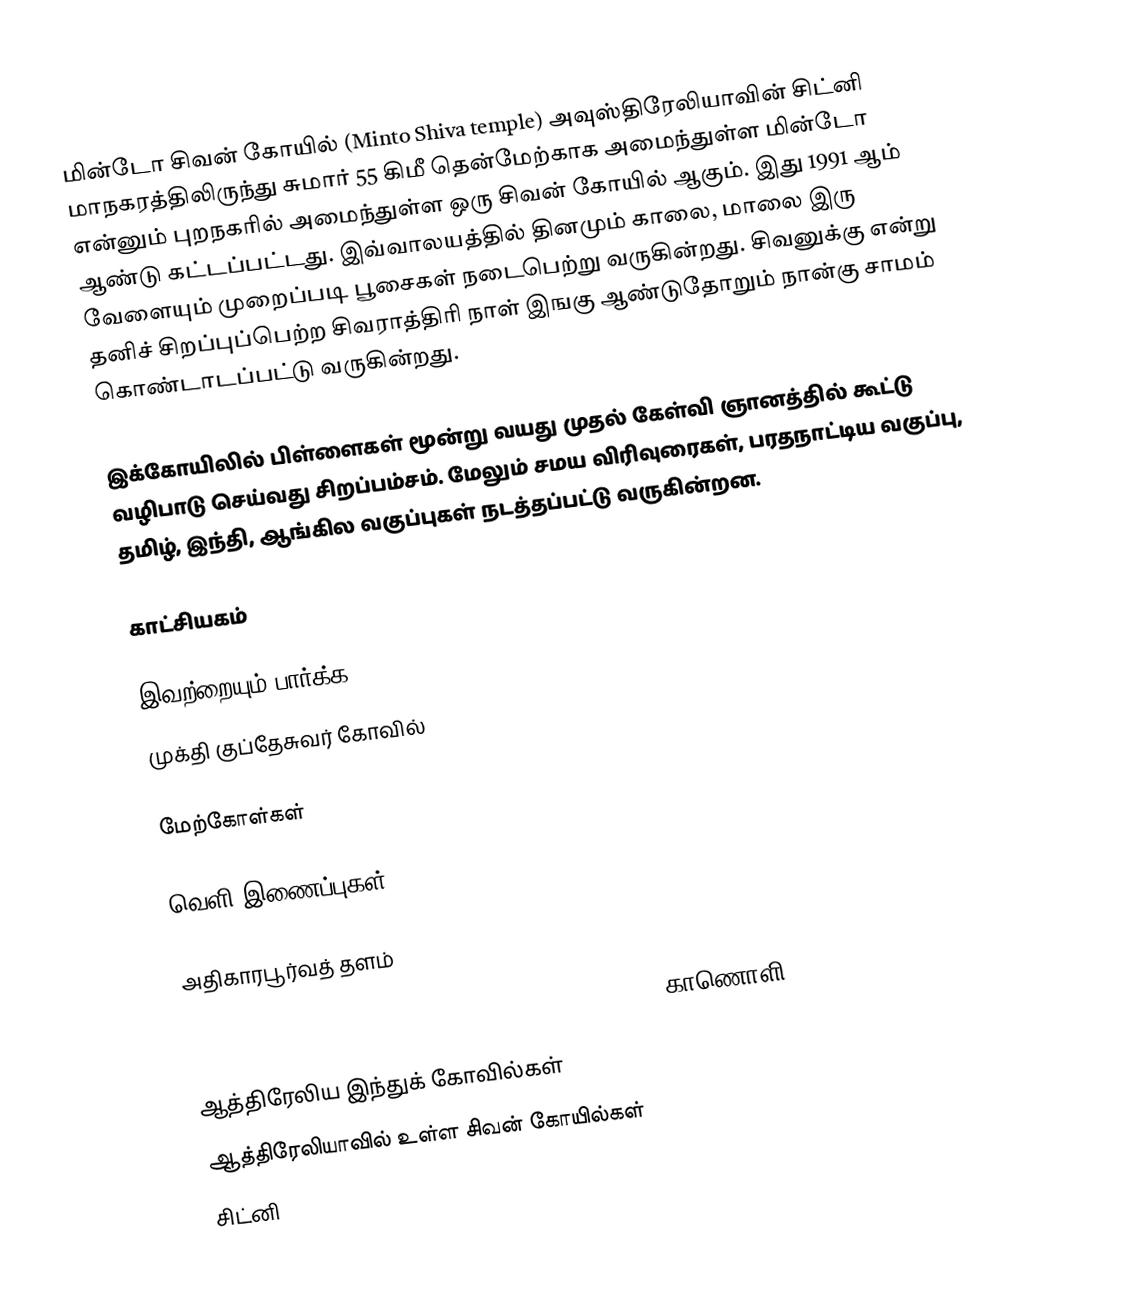
மின்டோ சிவன் கோயில் (Minto Shiva temple) அவுஸ்திரேலியாவின் சிட்னி மாநகரத்திலிருந்து சுமார் 55 கிமீ தென்மேற்காக அமைந்துள்ள மின்டோ என்னும் புறநகரில் அமைந்துள்ள ஒரு சிவன் கோயில் ஆகும். இது 1991 ஆம் ஆண்டு கட்டப்பட்டது. இவ்வாலயத்தில் தினமும் காலை, மாலை இரு வேளையும் முறைப்படி பூசைகள் நடைபெற்று வருகின்றது. சிவனுக்கு என்று தனிச் சிறப்புப்பெற்ற சிவராத்திரி நாள் இஙகு ஆண்டுதோறும் நான்கு சாமம் கொண்டாடப்பட்டு வருகின்றது.

இக்கோயிலில் பிள்ளைகள் மூன்று வயது முதல் கேள்வி ஞானத்தில் கூட்டு வழிபாடு செய்வது சிறப்பம்சம். மேலும் சமய விரிவுரைகள், பரதநாட்டிய வகுப்பு, தமிழ், இந்தி, ஆங்கில வகுப்புகள் நடத்தப்பட்டு வருகின்றன.

காட்சியகம்

இவற்றையும் பார்க்க
முக்தி குப்தேசுவர் கோவில்

மேற்கோள்கள்

வெளி இணைப்புகள்

அதிகாரபூர்வத் தளம்
Shiva's Statue Unveiling at Shri Shiva Mandir Minto, காணொளி

ஆத்திரேலிய இந்துக் கோவில்கள்
ஆத்திரேலியாவில் உள்ள சிவன் கோயில்கள்
சிட்னி